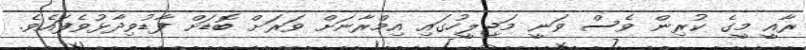
ރާއީ މީގެ ކުރިން ވެސް ވަނީ މަޖިލީހުގައި އިމްރާނަށް ވަރަށް ބޮޑަށް ފާޑުވިދާޅުވެފައެވެ.